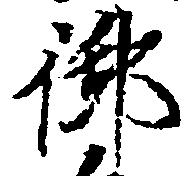
御